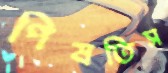
পিষতিস